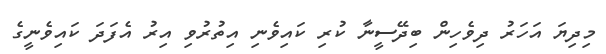
މިދިޔަ އަހަރު ދިވެހިން ބިދޭސީނާ ކުރި ކައިވެނި އިތުރުވި އިރު އެފަދަ ކައިވެނީގެ